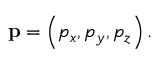
\mathbf { p } = \left( p _ { x } , p _ { y } , p _ { z } \right) .